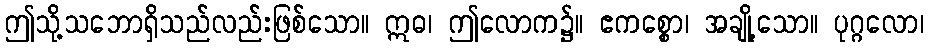
ဤသို့သဘောရှိသည်လည်းဖြစ်သော။ ဣဓ၊ ဤလောက၌။ ဧကစ္စော၊ အချို့သော။ ပုဂ္ဂလော၊